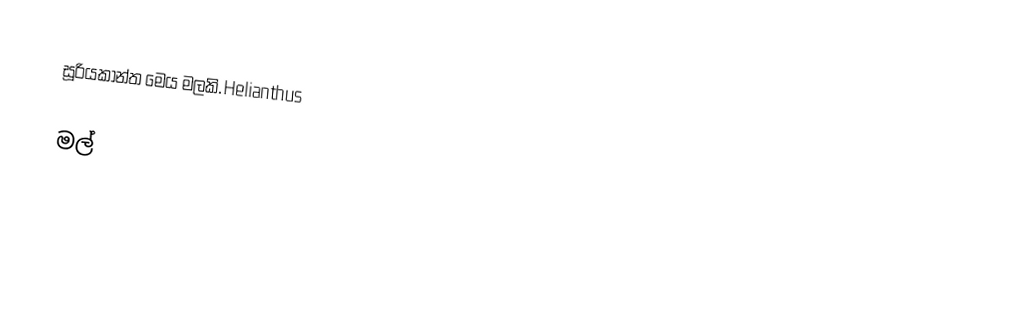
සූරියකාන්ත මෙය මලකි.Helianthus

මල්